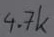
Text: 4,7k